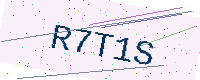
Text: R7T1S